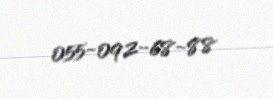
055-092-68-88